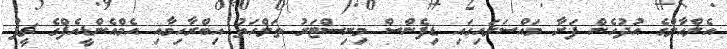
އެލްއާލްގެ އުދުހެން ފަށާ މައްސަލައިގައި ޑިފެންސް މިނިސްޓަރު ތަލްހަތު އިބްރާހިމާއި އެމްއެންޑީއެފްގެ ޗީފް